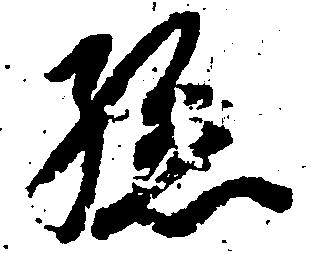
孫